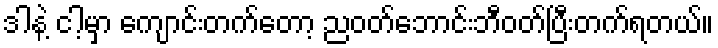
ဒါနဲ့ ငါ့မှာ ကျောင်းတက်တော့ ညဝတ်ဘောင်းဘီဝတ်ပြီးတက်ရတယ်။